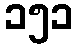
၁၅၁